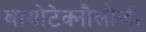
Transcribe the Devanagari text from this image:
बायोटेक्नौलौजी